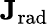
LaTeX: \mathbf{J_{\mathrm{{rad}}}}